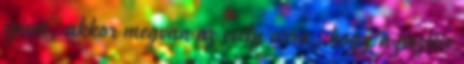
szívet, akkor megvan az esély arra, hogy a pozitív